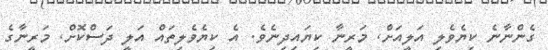
ގެންނާނެ ކިޔެވެލި އަލީއަށް